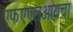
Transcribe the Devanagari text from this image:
एफएएलआयचा